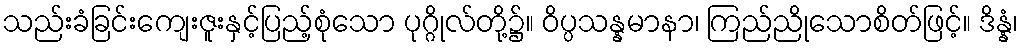
သည်းခံခြင်းကျေးဇူးနှင့်ပြည့်စုံသော ပုဂ္ဂိုလ်တို့၌။ ဝိပ္ပသန္နမာနာ၊ ကြည်ညိုသောစိတ်ဖြင့်။ ဒိန္နံ၊